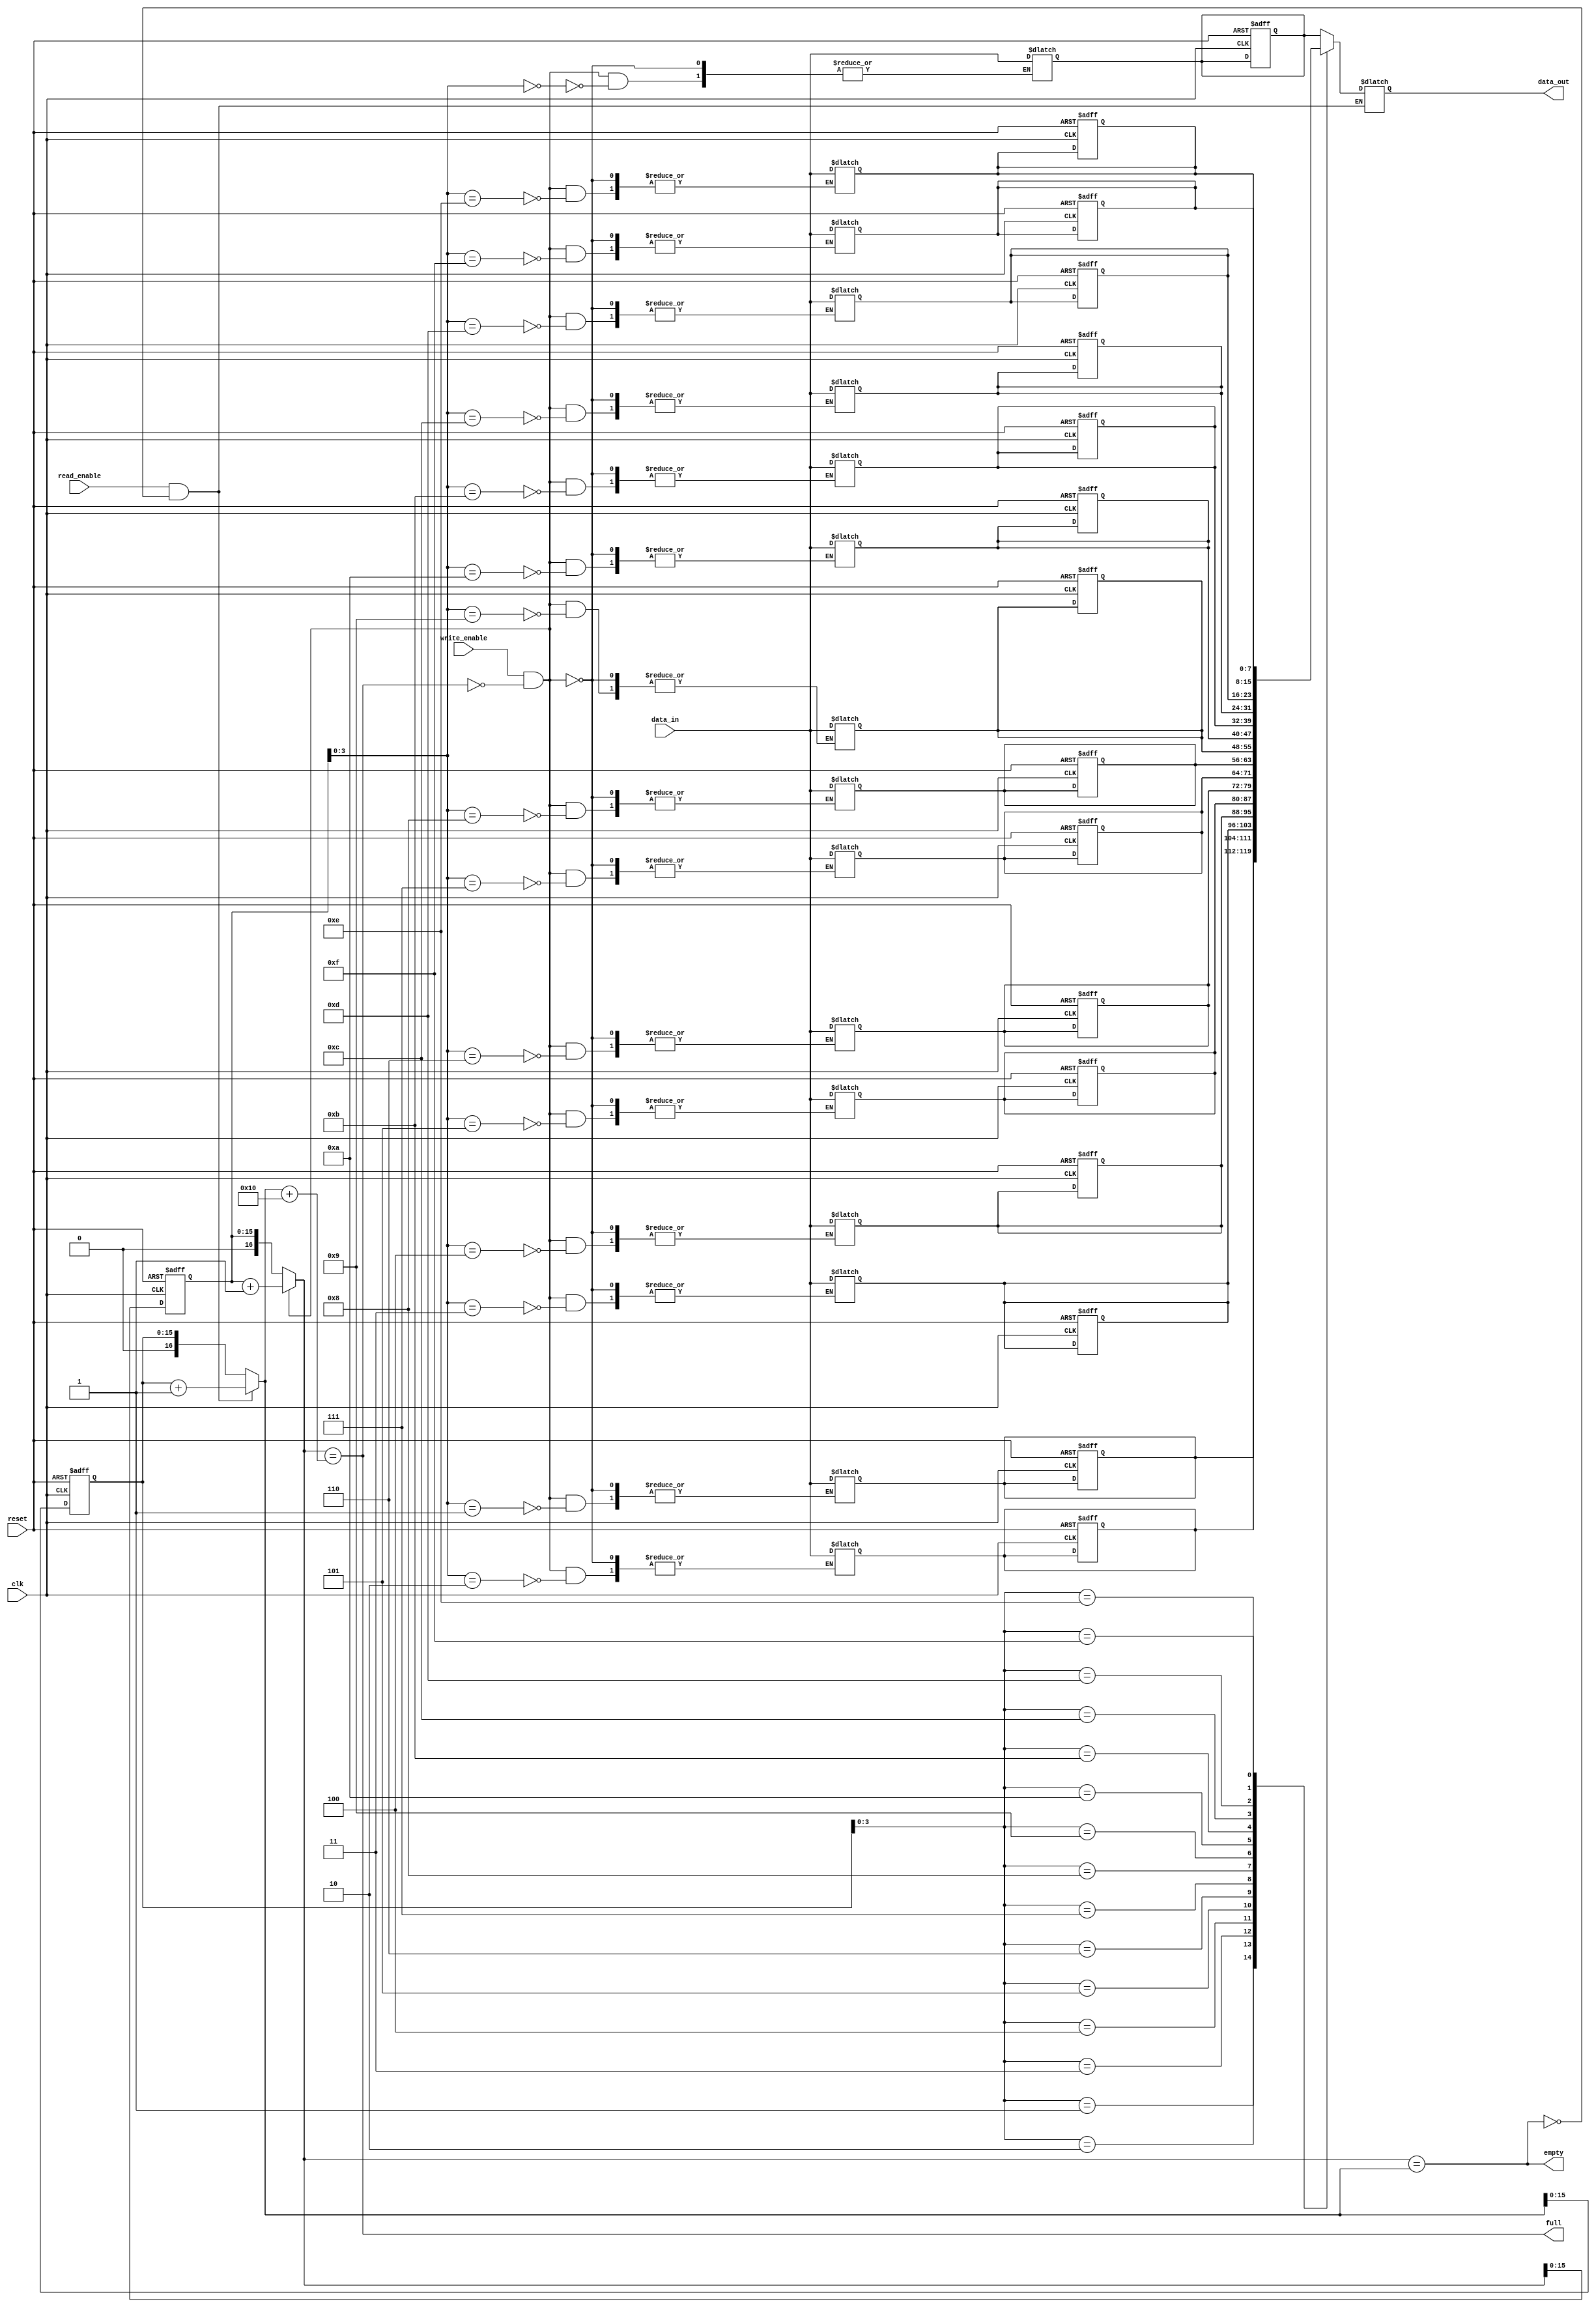
module synchronous_fifo (
  input wire clk,
  input wire reset,
  input wire write_enable,
  input wire read_enable,
  input wire [DATA_WIDTH-1:0] data_in,
  output wire [DATA_WIDTH-1:0] data_out,
  output wire full,
  output wire empty
);

parameter DEPTH = 16;
parameter DATA_WIDTH = 8;

reg [DATA_WIDTH-1:0] memory [0:DEPTH-1];
reg [DEPTH-1:0] write_pointer;
reg [DEPTH-1:0] read_pointer;

reg [DEPTH:0] next_write_pointer;
reg [DEPTH:0] next_read_pointer;

integer i;

always @ (posedge clk or posedge reset) begin
  if (reset) begin
    write_pointer <= 0;
    read_pointer <= 0;
    for (i=0; i<DEPTH; i=i+1) begin
      memory[i] <= 0;
    end
  end else begin
    write_pointer <= next_write_pointer[DEPTH-1:0];
    read_pointer <= next_read_pointer[DEPTH-1:0];
  end
end

always @ (*) begin
  if (write_enable && !full) begin
    next_write_pointer = write_pointer + 1;
    memory[write_pointer] <= data_in;
  end else begin
    next_write_pointer = write_pointer;
  end
  
  if (read_enable && !empty) begin
    next_read_pointer = read_pointer + 1;
    data_out <= memory[read_pointer];
  end else begin
    next_read_pointer = read_pointer;
  end
end

assign full = (next_write_pointer == (next_read_pointer + DEPTH));
assign empty = (next_write_pointer == next_read_pointer);

endmodule